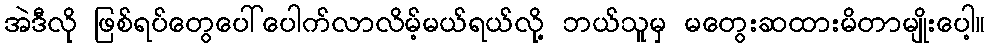
အဲဒီလို ဖြစ်ရပ်တွေပေါ်ပေါက်လာလိမ့်မယ်ရယ်လို့ ဘယ်သူမှ မတွေးဆထားမိတာမျိုးပေါ့။